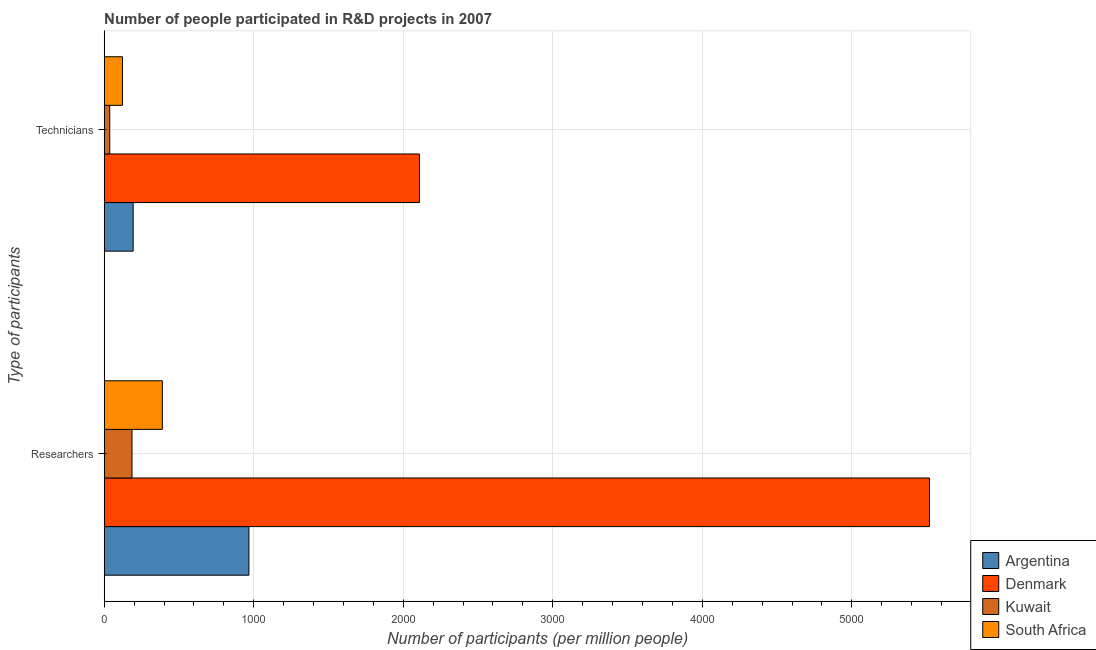
| Type of participants | Argentina | Denmark | Kuwait | South Africa |
 | --- | --- | --- | --- | --- |
 | Researchers | 968 | 5.52e+03 | 186 | 389 |
 | Technicians | 193 | 2.11e+03 | 37 | 122 |